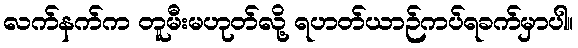
လက်နက်က တူမီးမဟုတ်လို့ ရဟတ်ယာဉ်ကပ်ရခက်မှာပါ။